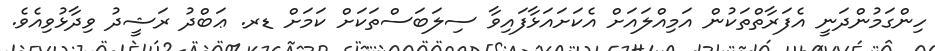
ހިންގަމުންދަނީ އެފަރާތްތަކުން އަމިއްލައަށް އެކަށައަޅާފައިވާ ސިލަބަސްތަކަށް ކަމަށް ޑރ. ޢަބްދު ރަޝީދު ވިދާޅުވިއެވެ.